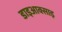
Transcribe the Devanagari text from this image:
डाइआक्साइ